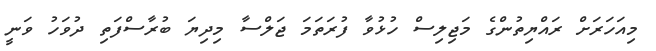
މިއަހަރަށް ރައްޔިތުންގެ މަޖިލިސް ހުޅުވާ ފުރަތަމަ ޖަލްސާ މިދިޔަ ބުރާސްފަތި ދުވަހު ވަނީ